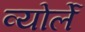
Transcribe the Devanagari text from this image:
व्योर्ले